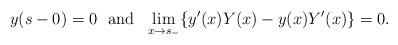
LaTeX: \begin{align*}y(s-0)=0\ \ \mbox{and} \ \ \lim_{x\rightarrow s_{-}} \{y^{\prime}(x) Y(x) - y(x) Y^{\prime}(x) \} =0.\end{align*}